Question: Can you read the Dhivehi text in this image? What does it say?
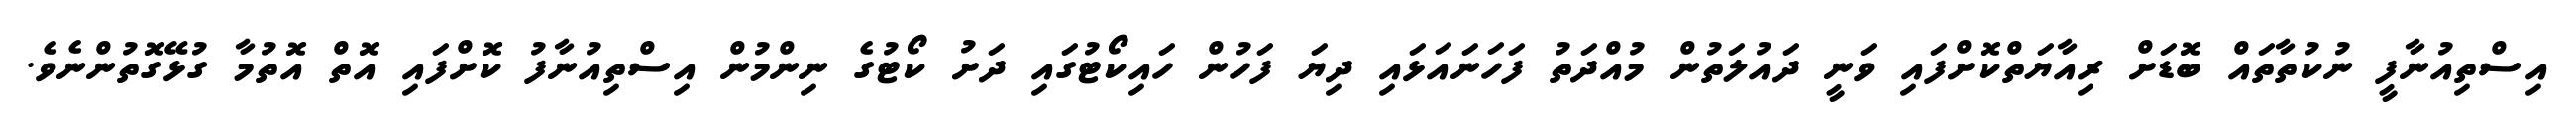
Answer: އިސްތިއުނާފީ ނުކުތާތައް ބޮޑަށް ރިއާޔަތްކޮށްފައި ވަނީ ދައުލަތުން މުއްދަތު ފަހަނައަޅައި ދިޔަ ފަހުން ހައިކޯޓުގައި ދަށު ކޯޓުގެ ނިންމުން އިސްތިއުނާފު ކޮށްފައި އޮތް އޮތުމާ ގުޅޭގޮތުންނެވެ.